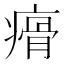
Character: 㾶